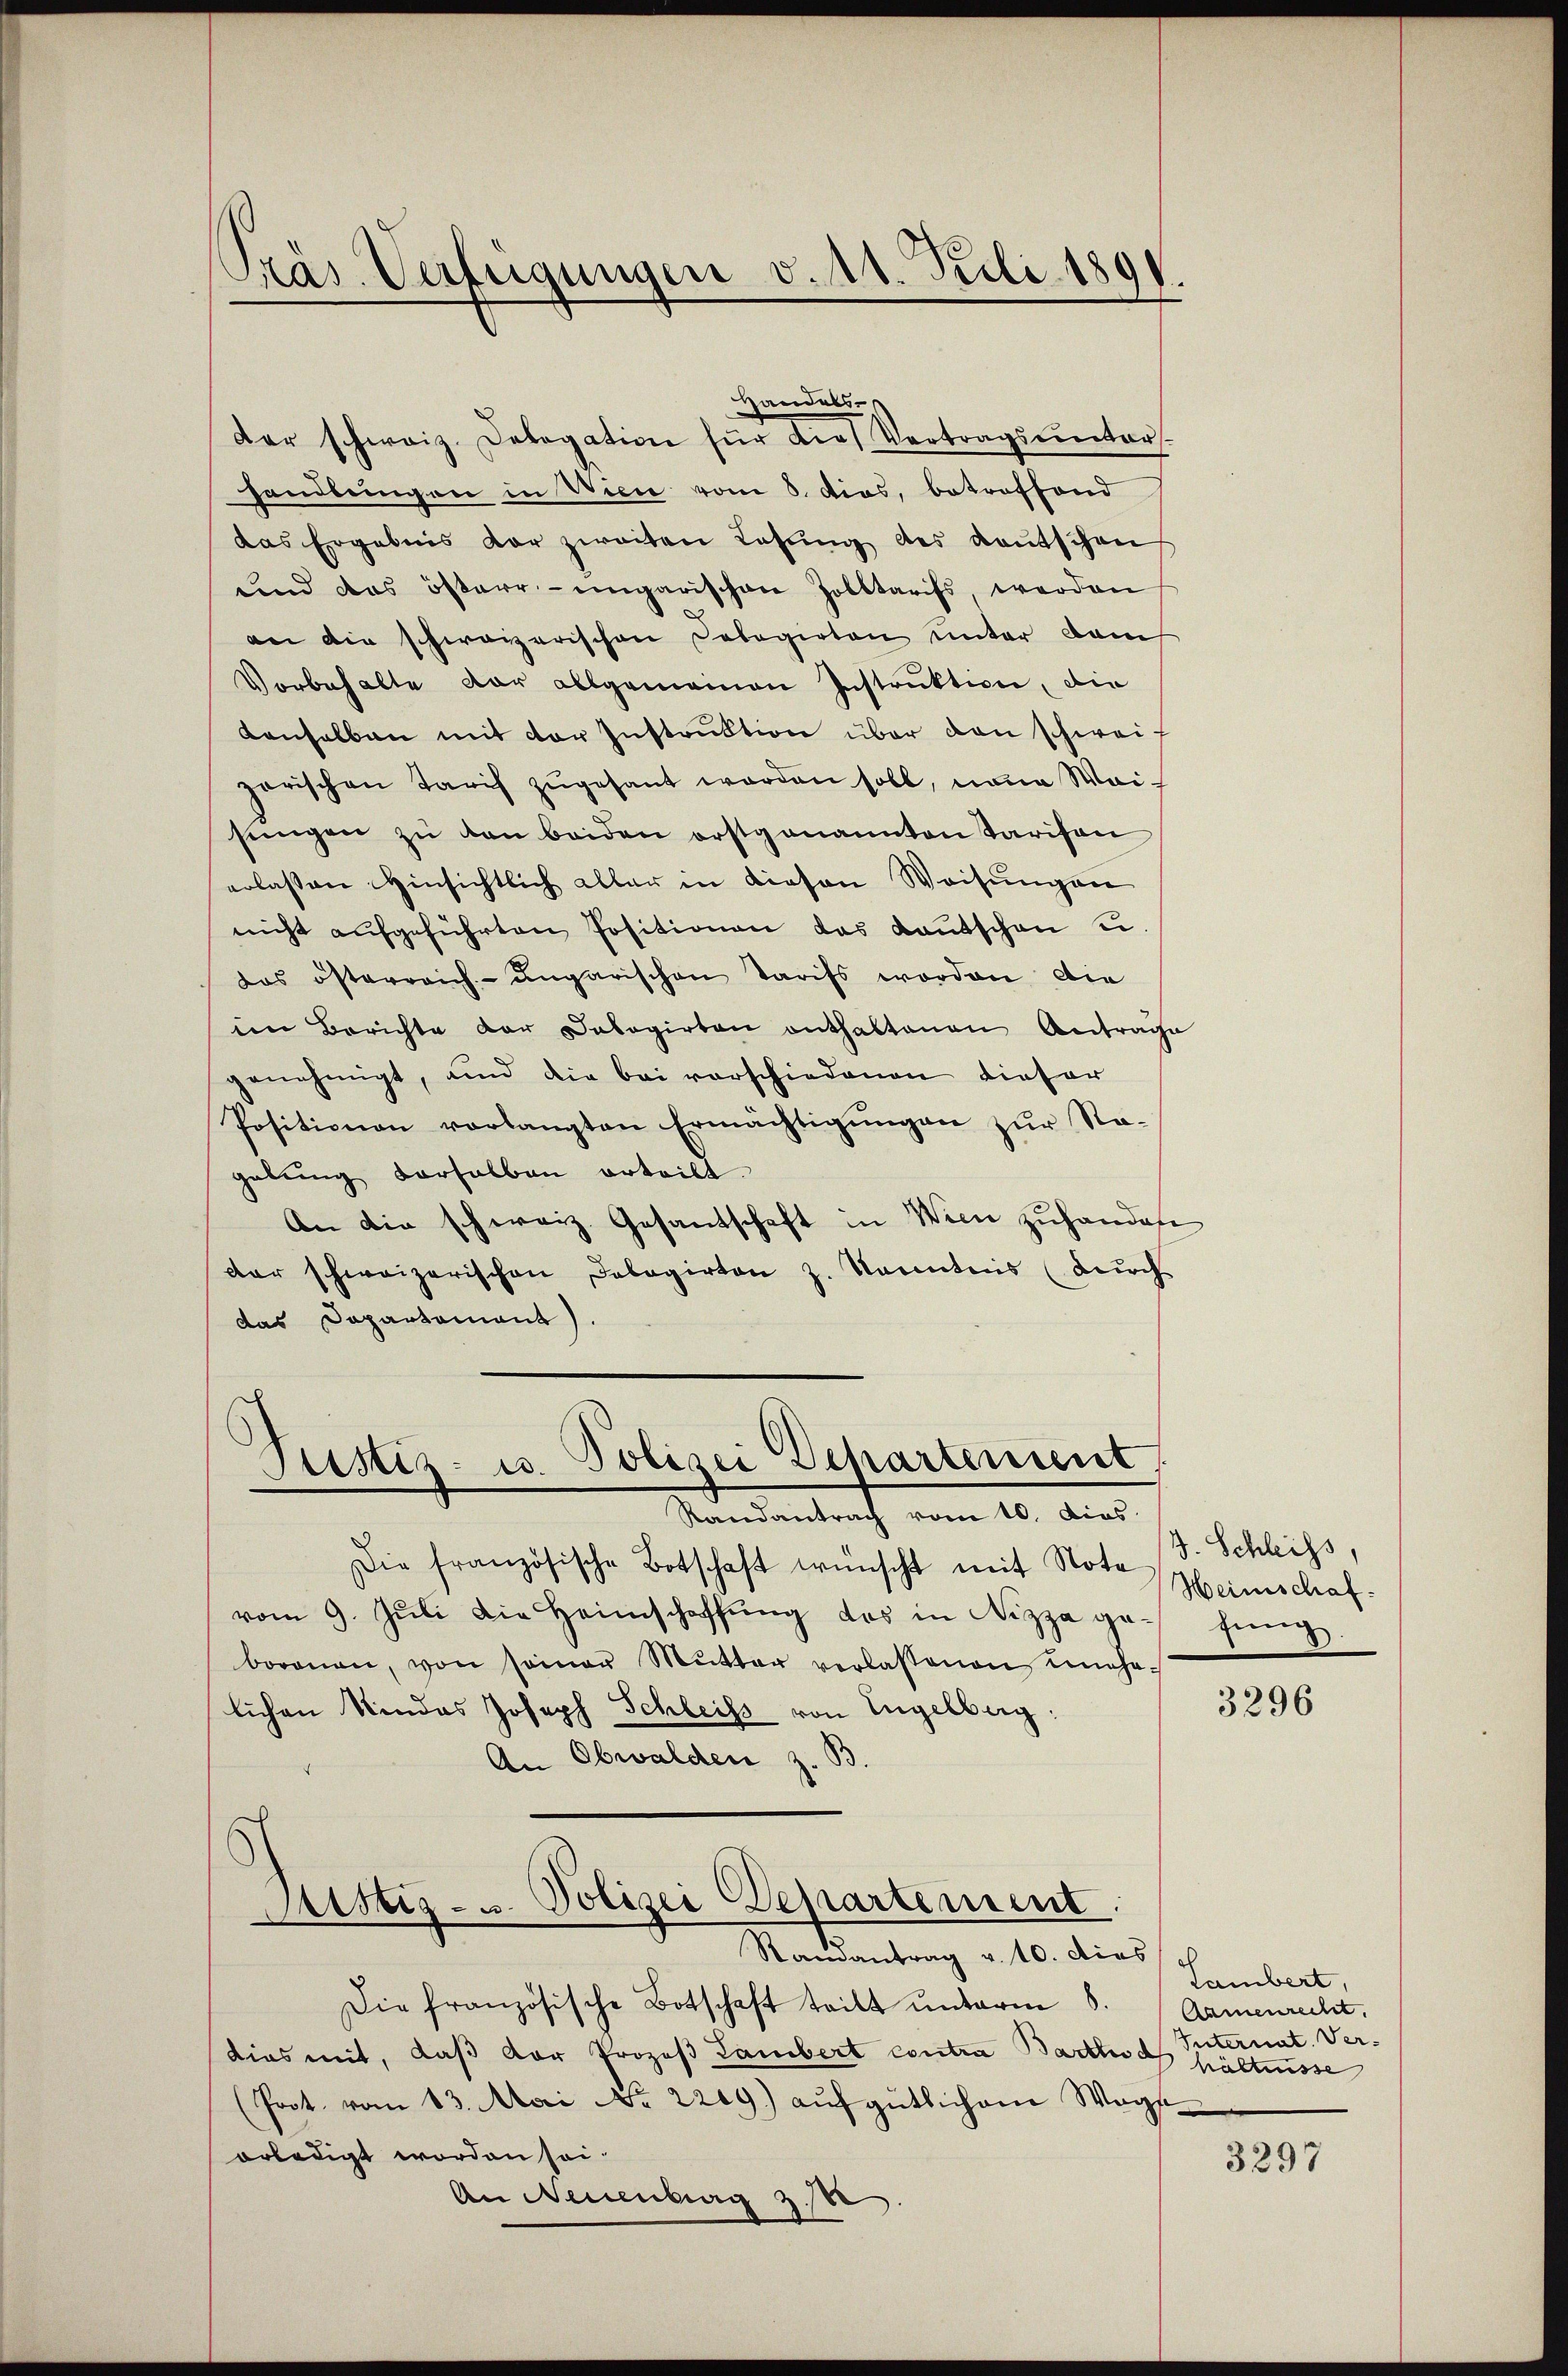
dar schweiz. Delegation für die Vertragsunters-
handlungen in Wien vom 8. dies, betroffend
das Ergebnis der zweiten Lassŭng des deutschen
und das österrengarischen Zolltarifs, werden
an die schweizerischen Dobogirten unter dam
Vorbehalte dar allgemeinen Instruktion, die
denselben mit der Instruktion über den schweizerischen Tarif zugesant worden soll, neue Weisŭngen zu von beiden orstgenannten Tarifen
erlassen Hinsichtlich aller in diesen Weisungen
nicht aŭfgeführten Positionen das Kantschen u.
das österreich-ungarischen Tarifs worden die
in Berichte der Dabogirten enthaltenen Antrage
genehmigt, und die bei vorschiedenen dieser
Positionen vorlangten Ermächtigungen zur Rogabung derselben erteilt.
An die schweiz. Gesantschaft in Wien zuhandere
der schweizerischen Delegirten z. Kanntnis (durch
das Dapartamant).

Präs. Verfügungen v. 11. Poli 1891

Handels

Justiz- u. Polizei Departement
Randantrag vom 10. dies

Die französische Botschaft wünscht mit Nota
vom 9. Jŭli die Heimschaffŭng des in Nizza gefung.
borenen, von seiner Mŭtter verlassenen unehe-
lichen Kindes Joseph Schleiss von Engelberg:
An Obwalden z. B

Sistiz- u. Polizei Departement.
Stamantrag v. 10. dies

Die französische Botschaft teilt ŭnterm 8.
dias mit, daß der Prozeß Lambert contra Bartlud Internat. Ver-
(Poct. vom 13. Mai No 2209) aŭf gütlichem Wage
erledigt worden sei.
An Neuenburg 3.

J. Schleifs,
Heimschaf

3296

Lambert,
Aamenrecht.
hältnisse

3297